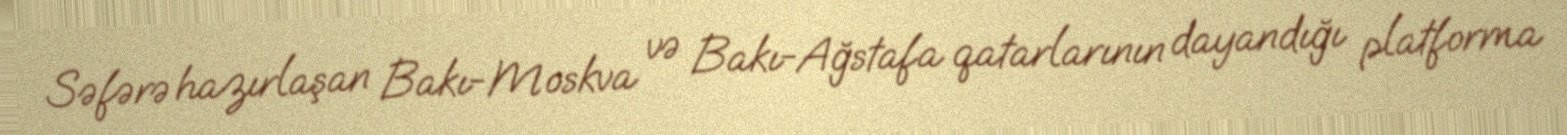
Səfərə hazırlaşan Bakı-Moskva və Bakı-Ağstafa qatarlarının dayandığı platforma